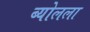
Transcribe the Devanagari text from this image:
ब्योलला